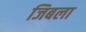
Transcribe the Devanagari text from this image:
जिबला